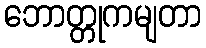
ဘောတ္တုကမျတာ